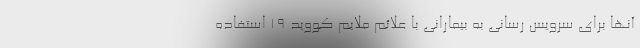
آنها برای سرویس رسانی به بیمارانی با علائم ملایم کووید ۱۹ استفاده